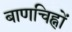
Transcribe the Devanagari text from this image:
बाणचिह्नों